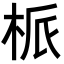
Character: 㭛